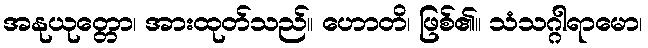
အနုယုတ္တော၊ အားထုတ်သည်။ ဟောတိ၊ ဖြစ်၏။ သံသဂ္ဂါရာမော၊